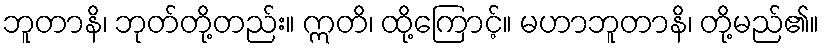
ဘူတာနိ၊ ဘုတ်တို့တည်း။ ဣတိ၊ ထို့ကြောင့်။ မဟာဘူတာနိ၊ တို့မည်၏။